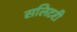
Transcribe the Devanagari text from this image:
सलिटरी